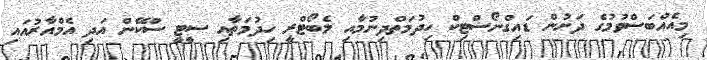
މިއެއްބަސްވުމުގެ ދަށުން ޑައިގްނޯސްޓިކް ހިދުމަތްދިނުމާއި ލެބޯޓްރީ ހިދުމަތާއި ސީޓީ ސްކޭން އަދި އެމްއާރުއައި